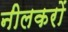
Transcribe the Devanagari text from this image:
नीलकरों